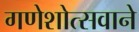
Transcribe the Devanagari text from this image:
गणेशोत्सवाने